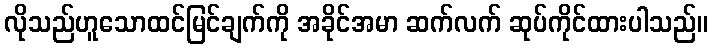
လိုသည်ဟူသောထင်မြင်ချက်ကို အခိုင်အမာ ဆက်လက် ဆုပ်ကိုင်ထားပါသည်။